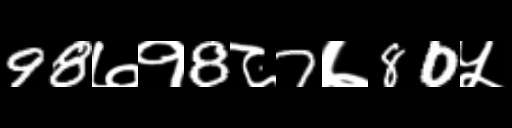
Text: 98७१8८7७80५